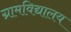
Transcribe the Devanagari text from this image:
ग्रामविद्यालय